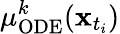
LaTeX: \mu_{\mathrm{ODE}}^{k}(\mathbf{x}_{t_{i}})